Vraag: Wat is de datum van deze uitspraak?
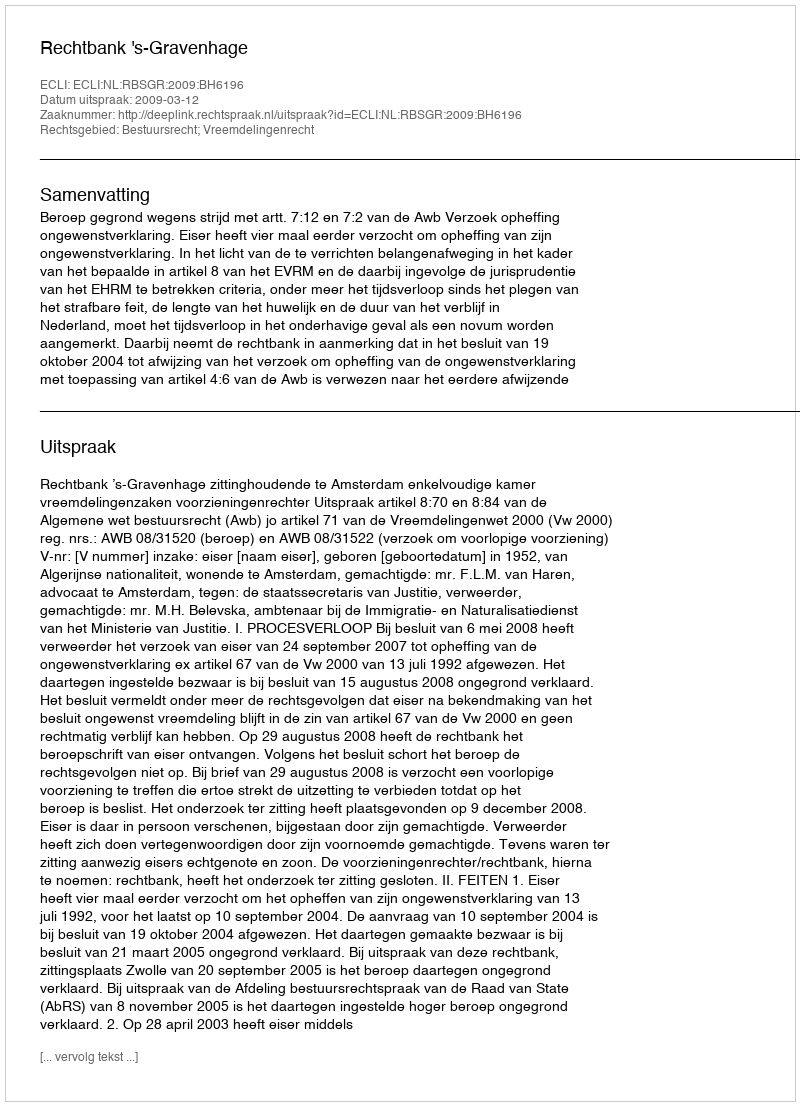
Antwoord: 2009-03-12